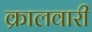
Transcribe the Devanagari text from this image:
क्रालवारी